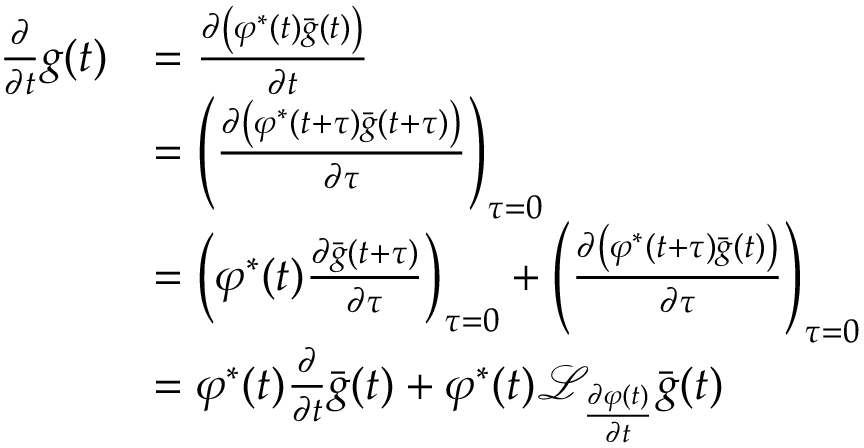
\begin{array} { r l } { \frac { \partial } { \partial t } g ( t ) } & { = \frac { \partial \left( \varphi ^ { * } ( t ) \bar { g } ( t ) \right) } { \partial t } } \\ & { = \left( \frac { \partial \left( \varphi ^ { * } ( t + \tau ) \bar { g } ( t + \tau ) \right) } { \partial \tau } \right) _ { \tau = 0 } } \\ & { = \left( \varphi ^ { * } ( t ) \frac { \partial \bar { g } ( t + \tau ) } { \partial \tau } \right) _ { \tau = 0 } + \left( \frac { \partial \left( \varphi ^ { * } ( t + \tau ) \bar { g } ( t ) \right) } { \partial \tau } \right) _ { \tau = 0 } } \\ & { = \varphi ^ { * } ( t ) \frac { \partial } { \partial t } \bar { g } ( t ) + \varphi ^ { * } ( t ) \mathcal { L } _ { \frac { \partial \varphi ( t ) } { \partial t } } \bar { g } ( t ) } \end{array}